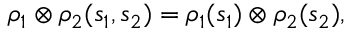
\rho _ { 1 } \otimes \rho _ { 2 } ( s _ { 1 } , s _ { 2 } ) = \rho _ { 1 } ( s _ { 1 } ) \otimes \rho _ { 2 } ( s _ { 2 } ) ,